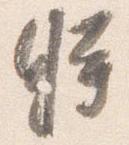
時